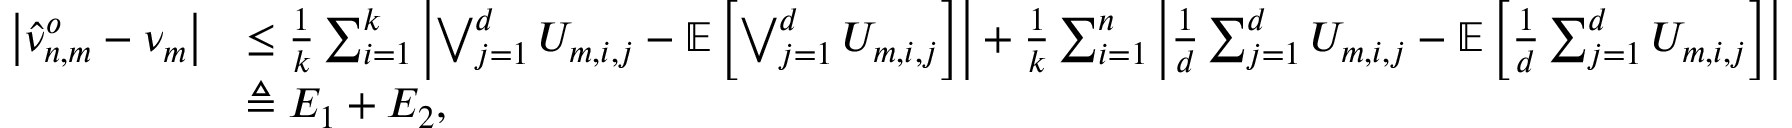
\begin{array} { r l } { \left| \hat { \nu } _ { n , m } ^ { o } - \nu _ { m } \right| } & { \leq \frac { 1 } { k } \sum _ { i = 1 } ^ { k } \left| \bigvee _ { j = 1 } ^ { d } U _ { m , i , j } - \mathbb { E } \left[ \bigvee _ { j = 1 } ^ { d } U _ { m , i , j } \right] \right| + \frac { 1 } { k } \sum _ { i = 1 } ^ { n } \left| \frac { 1 } { d } \sum _ { j = 1 } ^ { d } U _ { m , i , j } - \mathbb { E } \left[ \frac { 1 } { d } \sum _ { j = 1 } ^ { d } U _ { m , i , j } \right] \right| } \\ & { \triangleq E _ { 1 } + E _ { 2 } , } \end{array}